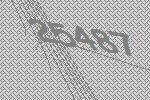
25487